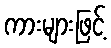
ကားများဖြင့်